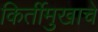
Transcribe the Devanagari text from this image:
किर्तीमुखाचे